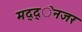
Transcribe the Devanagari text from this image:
मद्द्ेनजर